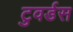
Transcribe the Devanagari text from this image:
टुवर्डस